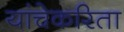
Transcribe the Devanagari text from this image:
यांचेकरिता